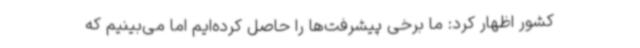
کشور اظهار کرد: ما برخی پیشرفت‌ها را حاصل کرده‌ایم اما می‌بینیم که